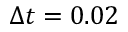
\Delta t = 0 . 0 2